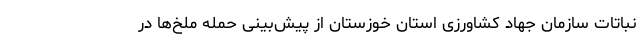
نباتات سازمان جهاد کشاورزی استان خوزستان از پیش‌بینی حمله ملخ‌ها در